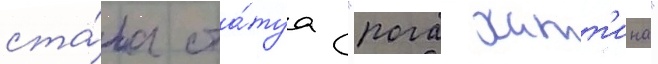
ста́ла ста́туа "рога хатт'ина"